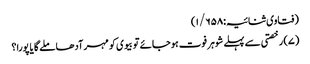
(فتاوی ثنائیہ:۱/۶۵۸)
(۷) رخصتی سے پہلے شوہر فوت ہوجائے تو بیوی کو مہر آدھا ملے گا یا پورا؟